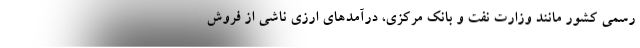
رسمی کشور مانند وزارت نفت و بانک مرکزی، درآمدهای ارزی ناشی از فروش